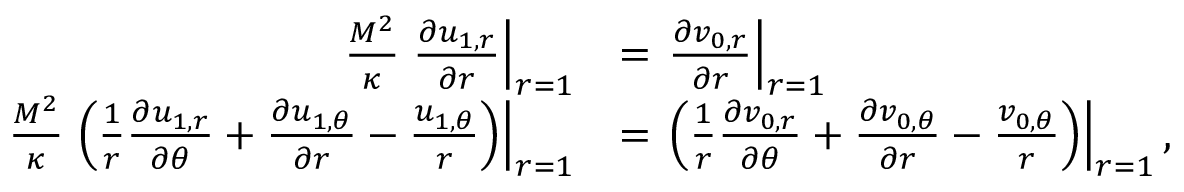
\begin{array} { r l } { \frac { M ^ { 2 } } { \kappa } \left. \frac { \partial u _ { 1 , r } } { \partial r } \right| _ { r = 1 } } & { = \left. \frac { \partial v _ { 0 , r } } { \partial r } \right| _ { r = 1 } } \\ { \frac { M ^ { 2 } } { \kappa } \left. \left( \frac { 1 } { r } \frac { \partial u _ { 1 , r } } { \partial \theta } + \frac { \partial u _ { 1 , \theta } } { \partial r } - \frac { u _ { 1 , \theta } } { r } \right) \right| _ { r = 1 } } & { = \left. \left( \frac { 1 } { r } \frac { \partial v _ { 0 , r } } { \partial \theta } + \frac { \partial v _ { 0 , \theta } } { \partial r } - \frac { v _ { 0 , \theta } } { r } \right) \right| _ { r = 1 } , } \end{array}